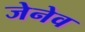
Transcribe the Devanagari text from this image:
जेनेव